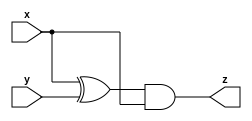
/* Module A is supposed to implement the function z = (x^y) & x. 
Implement this module.
*/

module top_module (input x, input y, output z);
    
    assign z = (x ^ y) & x;

endmodule